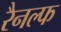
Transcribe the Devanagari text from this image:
रैनल्फ